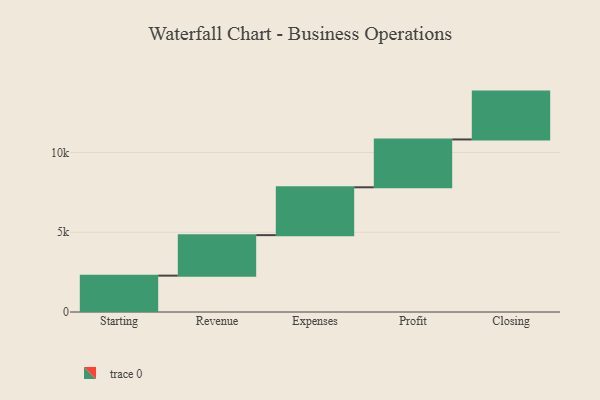
{"axis": {"x": "Step", "y": "Value"}, "legend": [""], "data": [{"x": "Starting", "y": 2280.0, "type": ""}, {"x": "Revenue", "y": 2539.0, "type": ""}, {"x": "Expenses", "y": 3000, "type": ""}, {"x": "Profit", "y": 3000, "type": ""}, {"x": "Closing", "y": 3000, "type": ""}]}